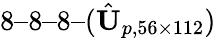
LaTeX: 8–8–8–(\hat{\textit{\textbf{U}}}_{p,56\times 112})